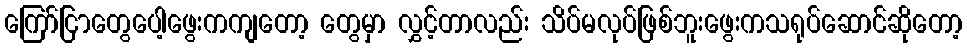
ကြော်ငြာတွေပေါ့ဖွေးကကျတော့ တွေမှာ လွှင့်တာလည်း သိပ်မလုပ်ဖြစ်ဘူးဖွေးကသရုပ်ဆောင်ဆိုတော့